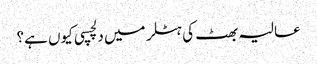
عالیہ بھٹ کی ہٹلر میں دلچسپی کیوں ہے؟